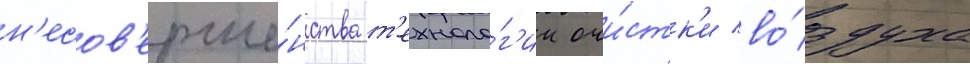
н'есов'ерше́нства т'ехноло́г'ии очи́стк'и во́здуха